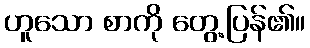
ဟူသော စာကို တွေ့ပြန်၏။